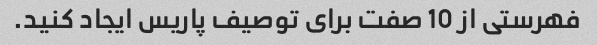
فهرستی از 10 صفت برای توصیف پاریس ایجاد کنید.